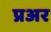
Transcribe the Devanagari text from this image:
प्रअर